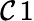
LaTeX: \mathcal{C}\, 1